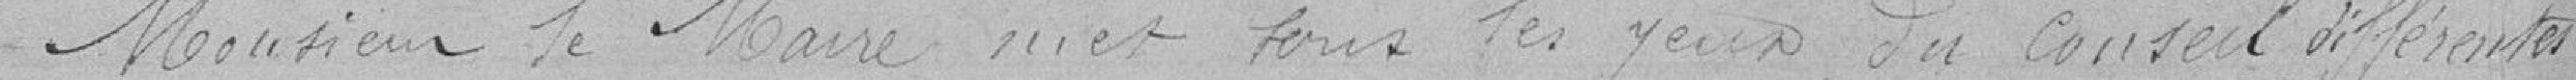
Monsieur le Maire met sous les yeux du conseil différentes